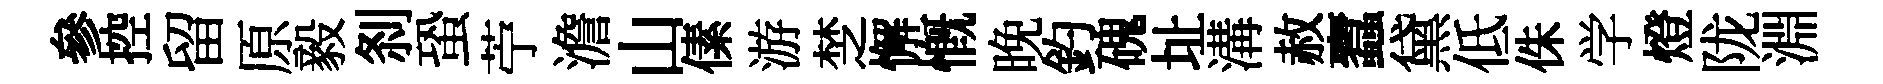
參控留原毅𠛴蛩苧澹山傃游椘懈慨晚釣磈址溝赦蠧黛低侏学燈陇淵